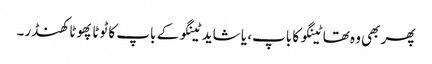
پھر بھی وہ تھا ٹینگو کا باپ، یا شاید ٹینگو کے باپ کا ٹوٹا پھوٹا کھنڈر۔